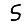
Digit: 5